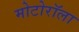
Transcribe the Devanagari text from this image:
मोटोरॉला